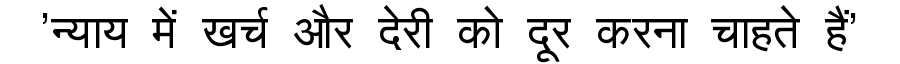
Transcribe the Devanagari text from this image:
'न्याय में खर्च और देरी को दूर करना चाहते हैं'